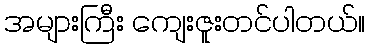
အများကြီး ကျေးဇူးတင်ပါတယ်။